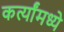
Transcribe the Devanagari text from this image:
कर्त्यांमध्ये